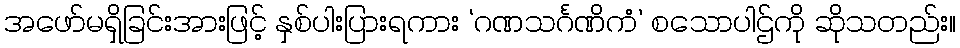
အဖော်မရှိခြင်းအားဖြင့် နှစ်ပါးပြားရကား ‘ဂဏသင်္ဂဏိကံ’ စသောပါဌ်ကို ဆိုသတည်း။